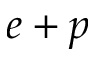
e + p